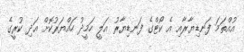
އުއްތަމަ ފަނޑިޔާރާއި އެ ކޯޓްގެ ފަނޑިޔާރު އަލީ ހަމީދު ހައްޔަރުކޮށް އަދި ކުރީގެ